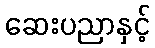
ဆေးပညာနှင့်